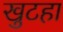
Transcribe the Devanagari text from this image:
खुटहा